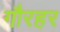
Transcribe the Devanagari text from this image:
गौरहर